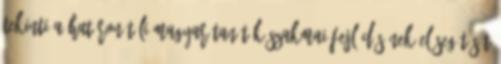
tekinti a határon túli magyar tanítók szakmai fejlõdésének elõsegítését